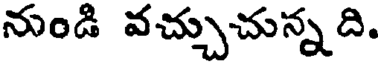
నుండి వచ్చుచున్నది.